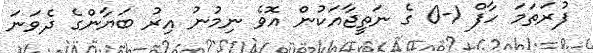
ފުރަތަމަ ހާފް 1-0 ގެ ނަތީޖާއަކުން އޮވެ ނިމުނު އިރު ބަޔާންގެ ދެވަނަ